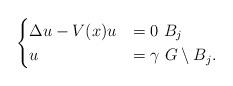
LaTeX: \begin{align*}\begin{cases}\Delta u-V(x)u&=0\,\,B_j\\u&=\gamma \,\, G\setminus B_j.\end{cases}\end{align*}